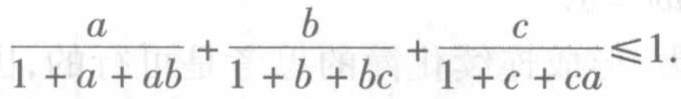
$\frac{a}{1 + a + ab}+\frac{b}{1 + b + bc}+\frac{c}{1 + c + ca}\leqslant1.$